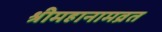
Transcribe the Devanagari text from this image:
श्रीमहानामव्रत